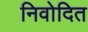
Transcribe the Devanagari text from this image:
निवोदित